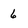
Character: 6